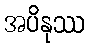
အပိနုဿ